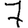
Digit: 7